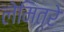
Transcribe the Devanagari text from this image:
लेमित्रे